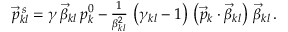
\begin{array} { r } { \vec { p } _ { k l } ^ { \, s } = \gamma \, \vec { \beta } _ { k l } \, p _ { k } ^ { 0 } - \frac { 1 } { \beta _ { k l } ^ { 2 } } \, \left( \gamma _ { k l } - 1 \right) \, \left( \vec { p } _ { k } \cdot \vec { \beta } _ { k l } \right) \, \vec { \beta } _ { k l } \, . } \end{array}